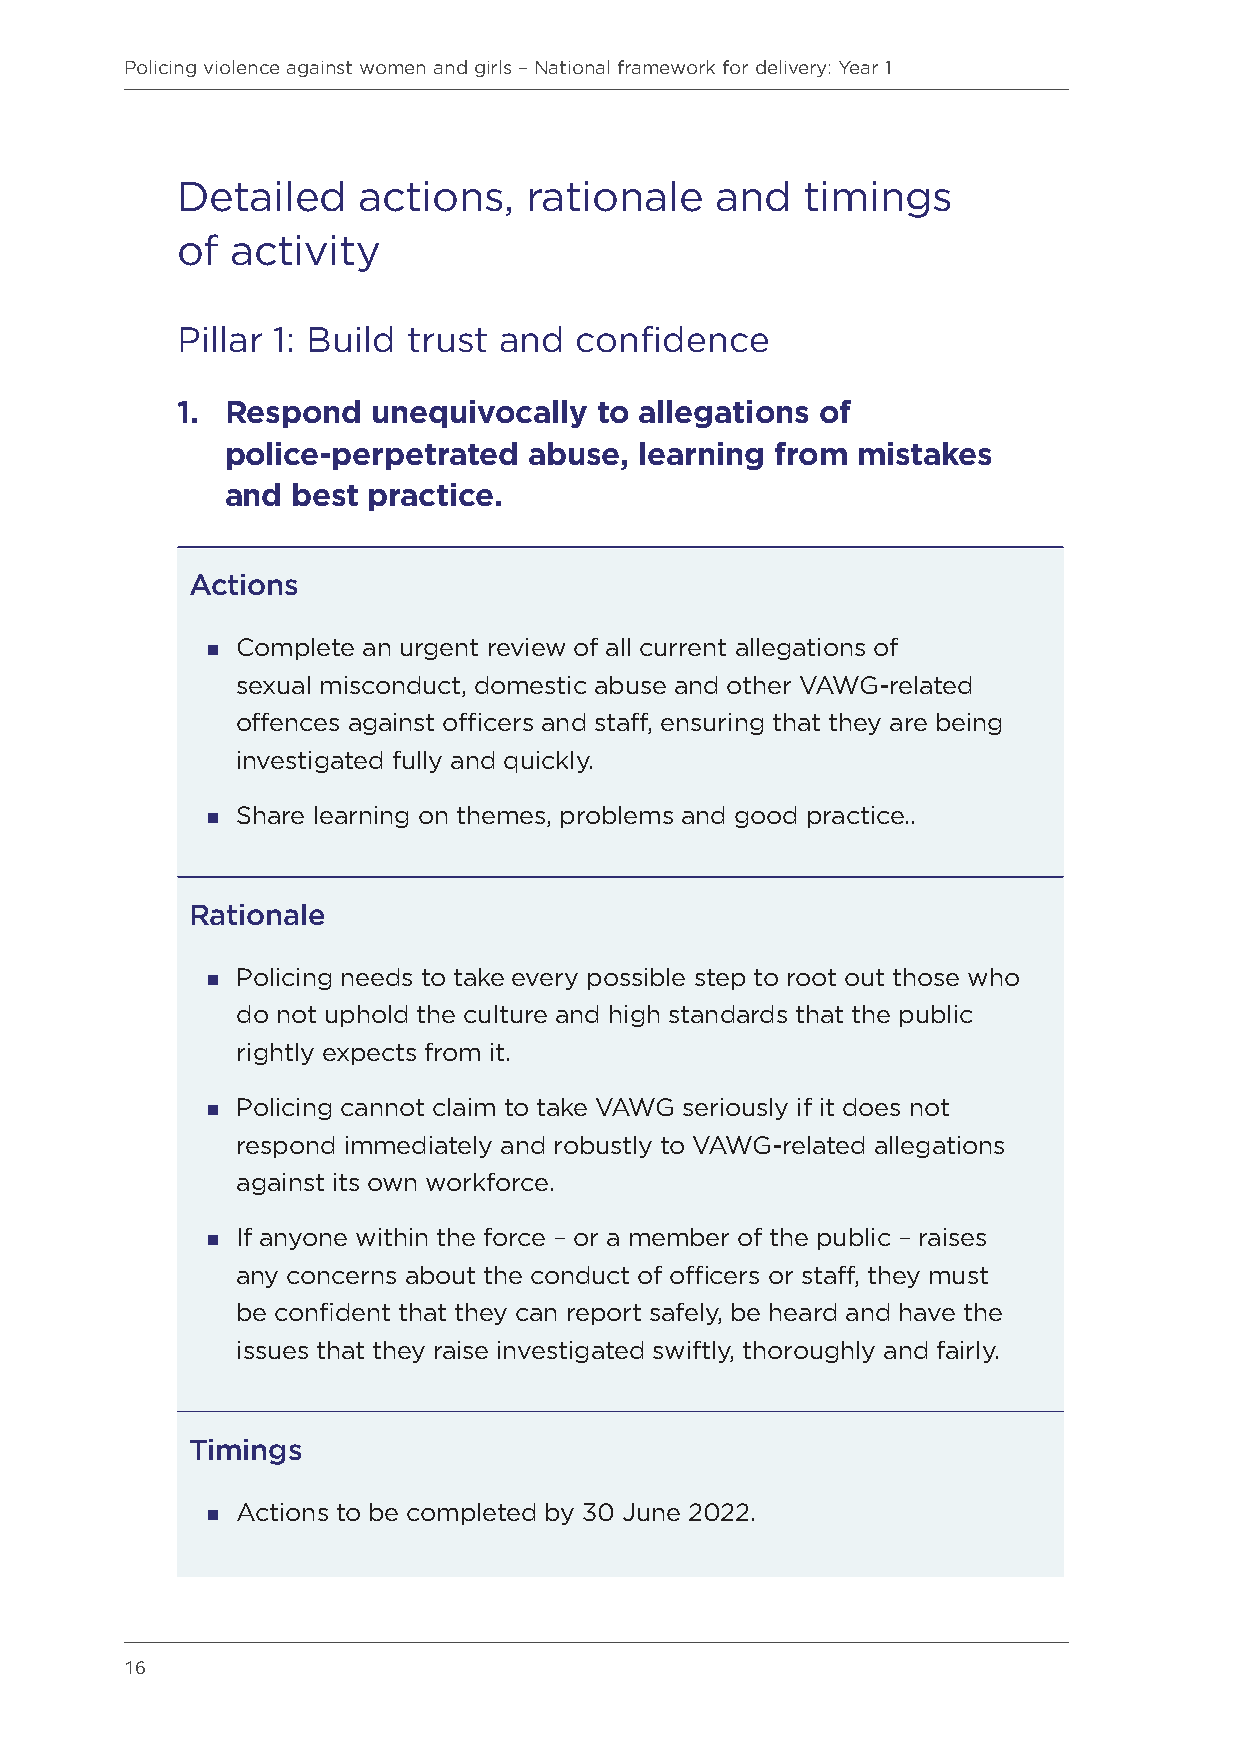
Policing violence against women and girls – National framework for delivery: Year 1
 Detailed    actions,   rationale   and   timings
 of activity
 Pillar 1: Build trust and confidence
 1. R espond  unequivocally to allegations of
 police-perpetrated  abuse, learning from  mistakes
 and best practice.
 Actions
  Complete an urgent review of all current allegations of
 sexual misconduct, domestic abuse and other VAWG-related
 offences against officers and staff, ensuring that they are being
 investigated fully and quickly.
  Share learning on themes, problems and good practice..
 Rationale
  Policing needs to take every possible step to root out those who
 do not uphold the culture and high standards that the public
 rightly expects from it.
  Policing cannot claim to take VAWG seriously if it does not
 respond immediately and robustly to VAWG-related allegations
 against its own workforce.
  If anyone within the force – or a member of the public – raises
 any concerns about the conduct of officers or staff, they must
 be confident that they can report safely, be heard and have the
 issues that they raise investigated swiftly, thoroughly and fairly.
 Timings
  Actions to be completed by 30 June 2022.
 16